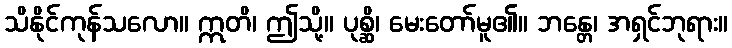
သိနိုင်ကုန်သလော။ ဣတိ၊ ဤသို့။ ပုစ္ဆိ၊ မေးတော်မူ၏။ ဘန္တေ၊ အရှင်ဘုရား။